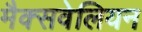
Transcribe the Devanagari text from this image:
मैक्सवेलियन